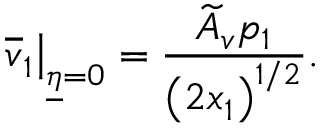
\left. \overline { { v } } _ { 1 } \right\vert _ { \underline { { \eta } } = 0 } = \frac { \widetilde A _ { v } p _ { 1 } } { \left( 2 x _ { 1 } \right) ^ { 1 / 2 } } .